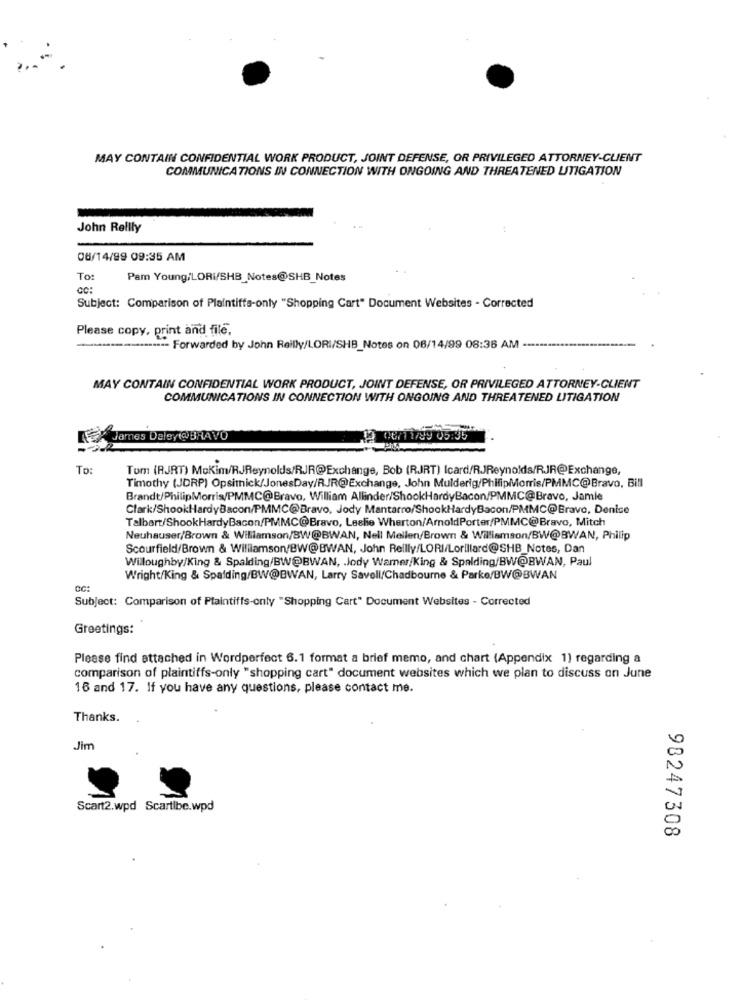
MAY CONTAIN CONFIDENTIAL WORK PRODUCT, JOINT DEFENSE, OR PRIVILEGED ATTORNEY-CLIENT
COMMUNICATIONS IN CONNECTION WITH ONGOING AND THREATENED LITIGATION
John Rellly
06/14/99 09:35 AM
To:
Pam Young/LORI/SHB_Notes@SHB_Notes
Subject: Comparison of Plaintiffs-onty "Shopping Cart" Document Websites - Corrected
Please copy, print and file.
.........--- Forwarded by John Reilly/LORI/SHB_Notes on 06/14/99 08:36 AM --
MAY CONTAIN CONFIDENTIAL WORK PRODUCT, JOINT DEFENSE, OR PRIVILEGED ATTORNEY-CLIENT
COMMUNICATIONS IN CONNECTION WITH ONGOING AND THREATENED LITIGATION
ames Deley(@BRAVO
1/99 05:35
To:
Tom (RJRT) Mokim/RJReynolds/RJR@Exchange, Bob (RJRT) Icard/RJReynolds/RJJR@Exchange,
Timothy (JDRP) Opsimick/JonesDay/RJR@Exchange, John Mulderig/PhilipMorris/PMMC@Bravo, Bill
Brandt/PhilipMorris/PMMC@Bravo, William Allinder/ShookHardyBacon/PMMC@Bravo, Jamle
Clark/ShookHardyBacon/PMMC@Bravo, Jody Mantarro/ShookHardyBacon/PMMC@Bravo, Denice
Talbart/ShookHardyBacon/PMMC@Bravo, Leslie Wherton/ArnoldPorter/PMMC@Bravo, Mitch
Neuhauser/Brown & Williamson/BW@BWAN, Nell Mellen/Brown & Williamson/BW@BWAN, Philip
Scourfield/Brown & Williamson/BW@BWAN, John Reilly/LORI/Lorillard@SHB_Notes, Dan
Willoughby/King & Spalding/BW@BWAN, . Jody Warner/King & Spalding/BW@BWAN, Paul
Wright/King & Spalding/BW@BWAN, Larry Savell/Chadbourne & Parke/BW@BWAN
Subject: Comparison of Plaintiffs-only "Shopping Cart" Document Websites - Corrected
Greetings:
Please find attached in Wordperfect 6.1 format a brief memo, and chart (Appendix 1) regarding a
comparison of plaintiffs-only "shopping cart" document websites which we plan to discuss on June
16 and 17. If you have any questions, please contact me.
Thanks.
Jim
Scart2.wpd Scartibe.wpd
98247308